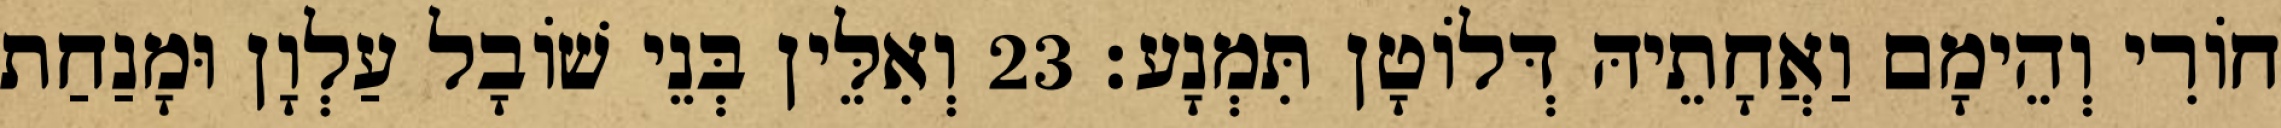
חוֹרִי וְהֵימָם וַאֲחָתֵיהּ דְּלוֹטָן תִּמְנָע׃ 23 וְאִלֵּין בְּנֵי שׁוֹבָל עַלְוָן וּמָנַחַת